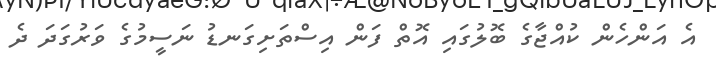
އެ އަންހެން ކުއްޖާގެ ބޮލުގައި އޮތް ފަން އިސްތަށިގަނޑު ނަސީމުގެ ވަރުގަދަ ދެ